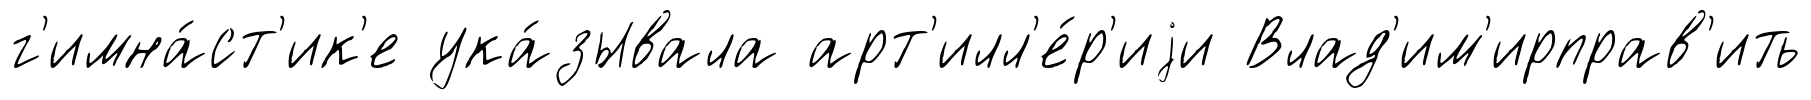
г'имна́ст'ик'е ука́зывала арт'илл'е́р'иjи Влад'им'ирправ'ить